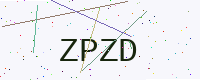
Text: ZPZD